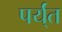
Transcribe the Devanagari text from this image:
पर्य्ंत